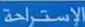
الإستراحة